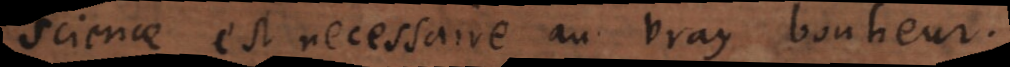
science est necessaire au vray bonheur.